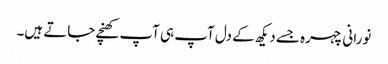
نورانی چہرہ جسے دیکھ کے دل آپ ہی آپ کھنچے جاتے ہیں۔